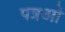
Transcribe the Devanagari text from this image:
पत्रओ